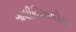
ગાધીવિચારદોહન